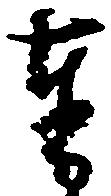
奉